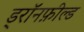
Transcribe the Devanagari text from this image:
ड्रॉनफ़ील्ड